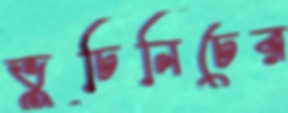
ভুচিনিচের